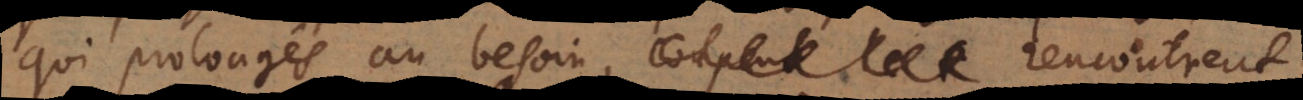
qui prolongés au besoin, rencontrent